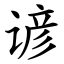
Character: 谚